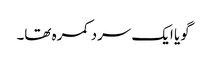
گویا ایک سرد کمرہ تھا۔